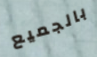
بالجميع